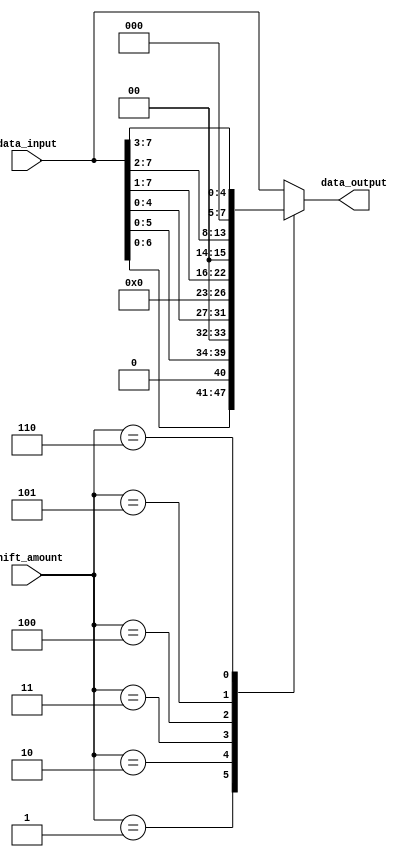
module rotating_barrel_shifter(
    input [7:0] data_input,
    input [2:0] shift_amount,
    output reg [7:0] data_output
);

always @(*)
begin
    case(shift_amount)
        3'b000: data_output <= data_input; // no shift
        3'b001: data_output <= data_input << 1; // shift left by 1
        3'b010: data_output <= data_input << 2; // shift left by 2
        3'b011: data_output <= data_input << 3; // shift left by 3
        3'b100: data_output <= data_input >> 1; // shift right by 1
        3'b101: data_output <= data_input >> 2; // shift right by 2
        3'b110: data_output <= data_input >> 3; // shift right by 3
        6'b111xxx: data_output <= data_input; // no shift
        default: data_output <= data_input; // default case, no shift
    endcase
end

endmodule